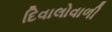
દિવાલોવાળી